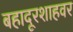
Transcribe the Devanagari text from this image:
बहादूरशाहवर